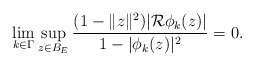
\begin{align*} \lim_{k\in \Gamma} \sup_{z\in B_E} \frac{(1-\|z\|^2)|\mathcal R\phi_k(z)|}{1-|\phi_k(z)|^2}=0.\end{align*}